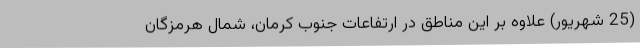
(25 شهریور) علاوه بر این مناطق در ارتفاعات جنوب کرمان، شمال هرمزگان